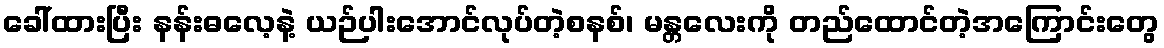
ခေါ်ထားပြီး နန်းဓလေ့နဲ့ ယဉ်ပါးအောင်လုပ်တဲ့စနစ်၊ မန္တလေးကို တည်ထောင်တဲ့အကြောင်းတွေ